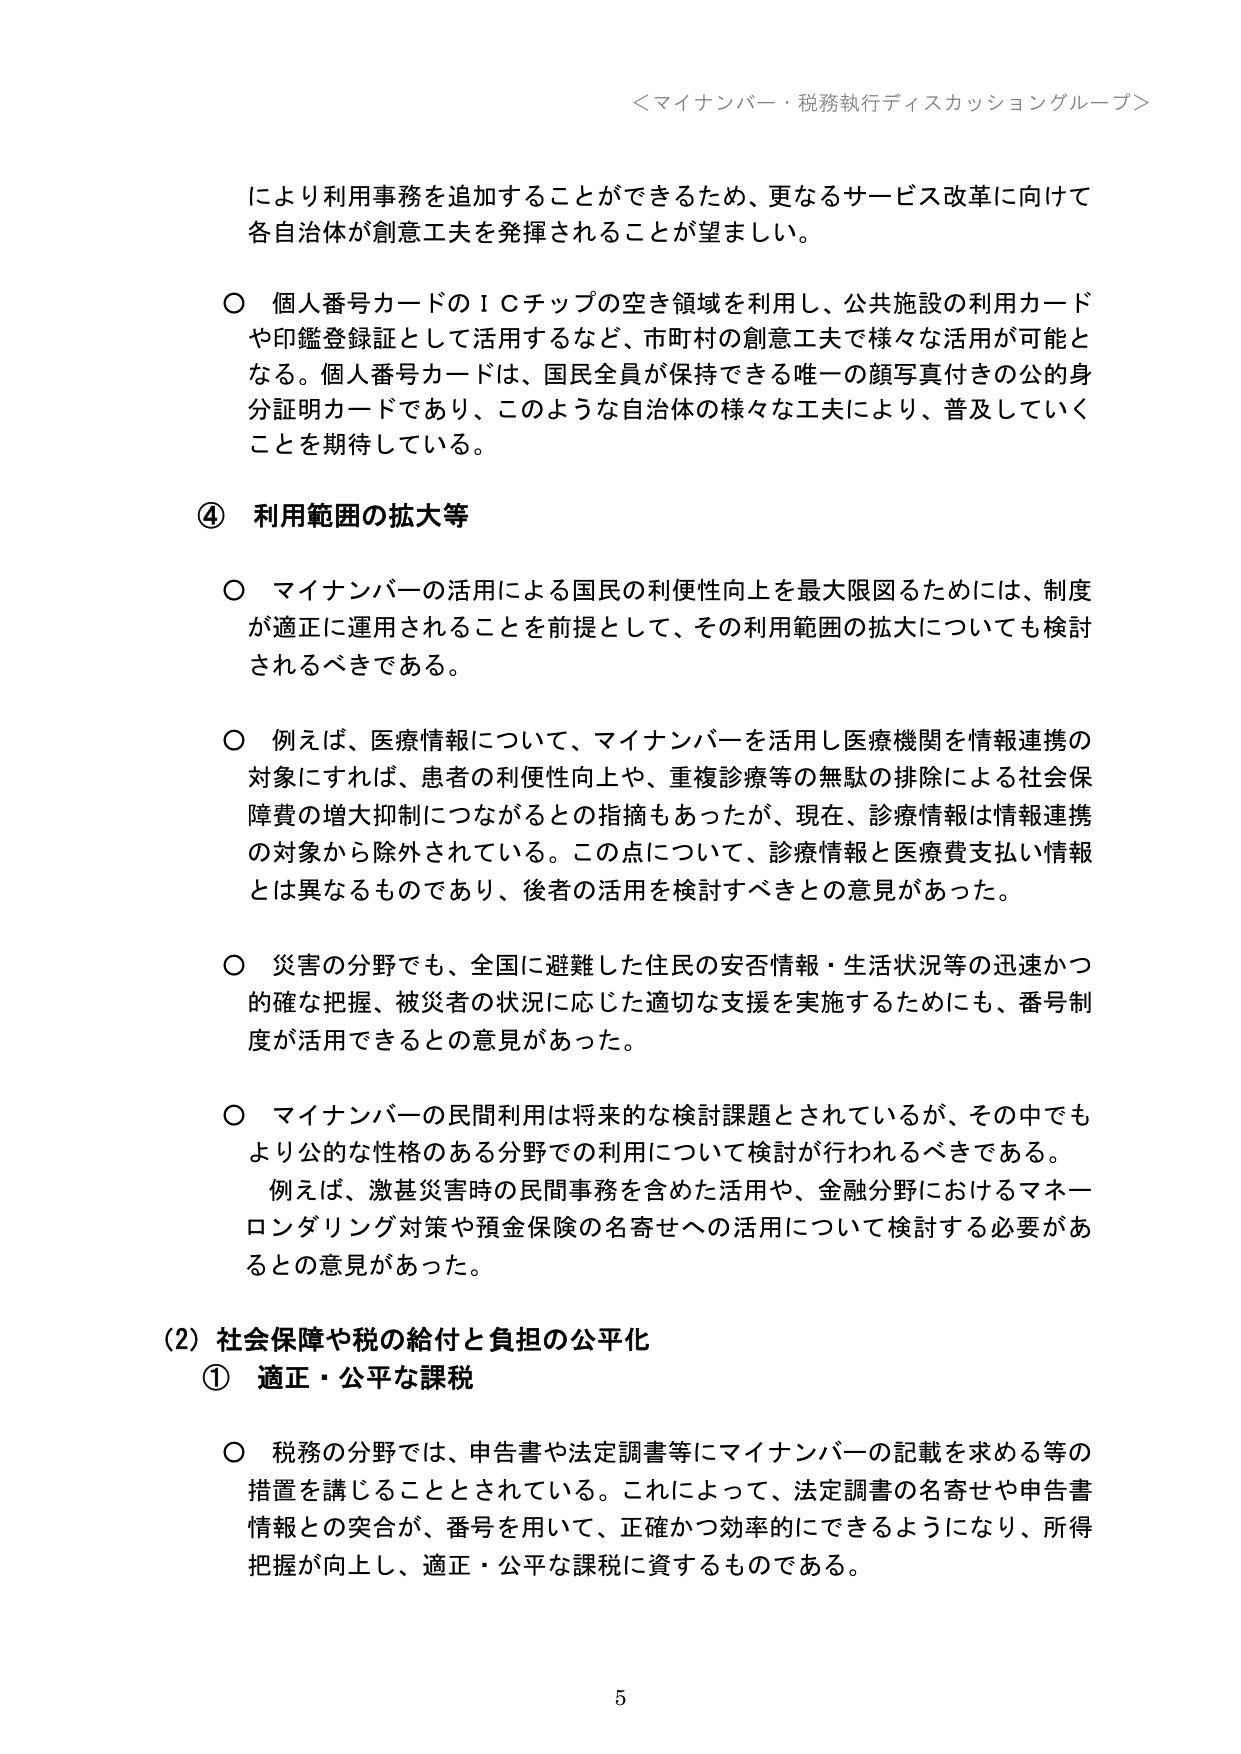
＜マイナンバー・税務執行ディスカッショングループ＞

により利用事務を追加することができるため、更なるサービス改革に向けて
各自治体が創意工夫を発揮されることが望ましい。

○ 個人番号カードのＩＣチップの空き領域を利用し、公共施設の利用カード
や印鑑登録証として活用するなど、市町村の創意工夫で様々な活用が可能と
なる。個人番号カードは、国民全員が保持できる唯一の顔写真付きの公の身
分証明カードであり、このような自治体の様々な工夫により、普及していく
ことを期待している。

④ 利用範囲の拡大等

○ マイナンバーの活用による国民の利便性向上を最大限図るためには、制度
が適正に運用されることを前提として、その利用範囲の拡大についても検討
されるべきである。

○ 例えば、医療情報について、マイナンバーを活用し医療機関を情報連携の
対象にすれば、患者の利便性向上や、重複診療等の無駄の排除による社会保
障費の増大抑制につながるとの指摘もあったが、現在、診療情報は情報連携
の対象から除外されている。この点について、診療情報と医療費支払い情報
とは異なるものであり、後者の活用を検討すべきとの意見があった。

○ 災害の分野でも、全国に避難した住民の安否情報・生活状況等の迅速かつ
的確な把握、被災者の状況に応じた適切な支援を実施するためにも、番号制
度が活用できるとの意見があった。

○ マイナンバーの民間利用は将来的な検討課題とされているが、その中でも
より公的な性格のある分野での利用について検討が行われるべきである。
　例えば、激甚災害時の民間事務を含めた活用や、金融分野におけるマネー
ロンダリング対策や預金保険の名寄せへの活用について検討する必要があ
るとの意見があった。

（2）社会保障や税の給付と負担の公平化
　① 適正・公平な課税

○ 税務の分野では、申告書や法定調書等にマイナンバーの記載を求める等の
措置を講じることとされている。これによって、法定調書の名寄せや申告書
情報との突合が、番号を用いて、正確かつ効率的にできるようになり、所得
把握が向上し、適正・公平な課税に資するものである。

5